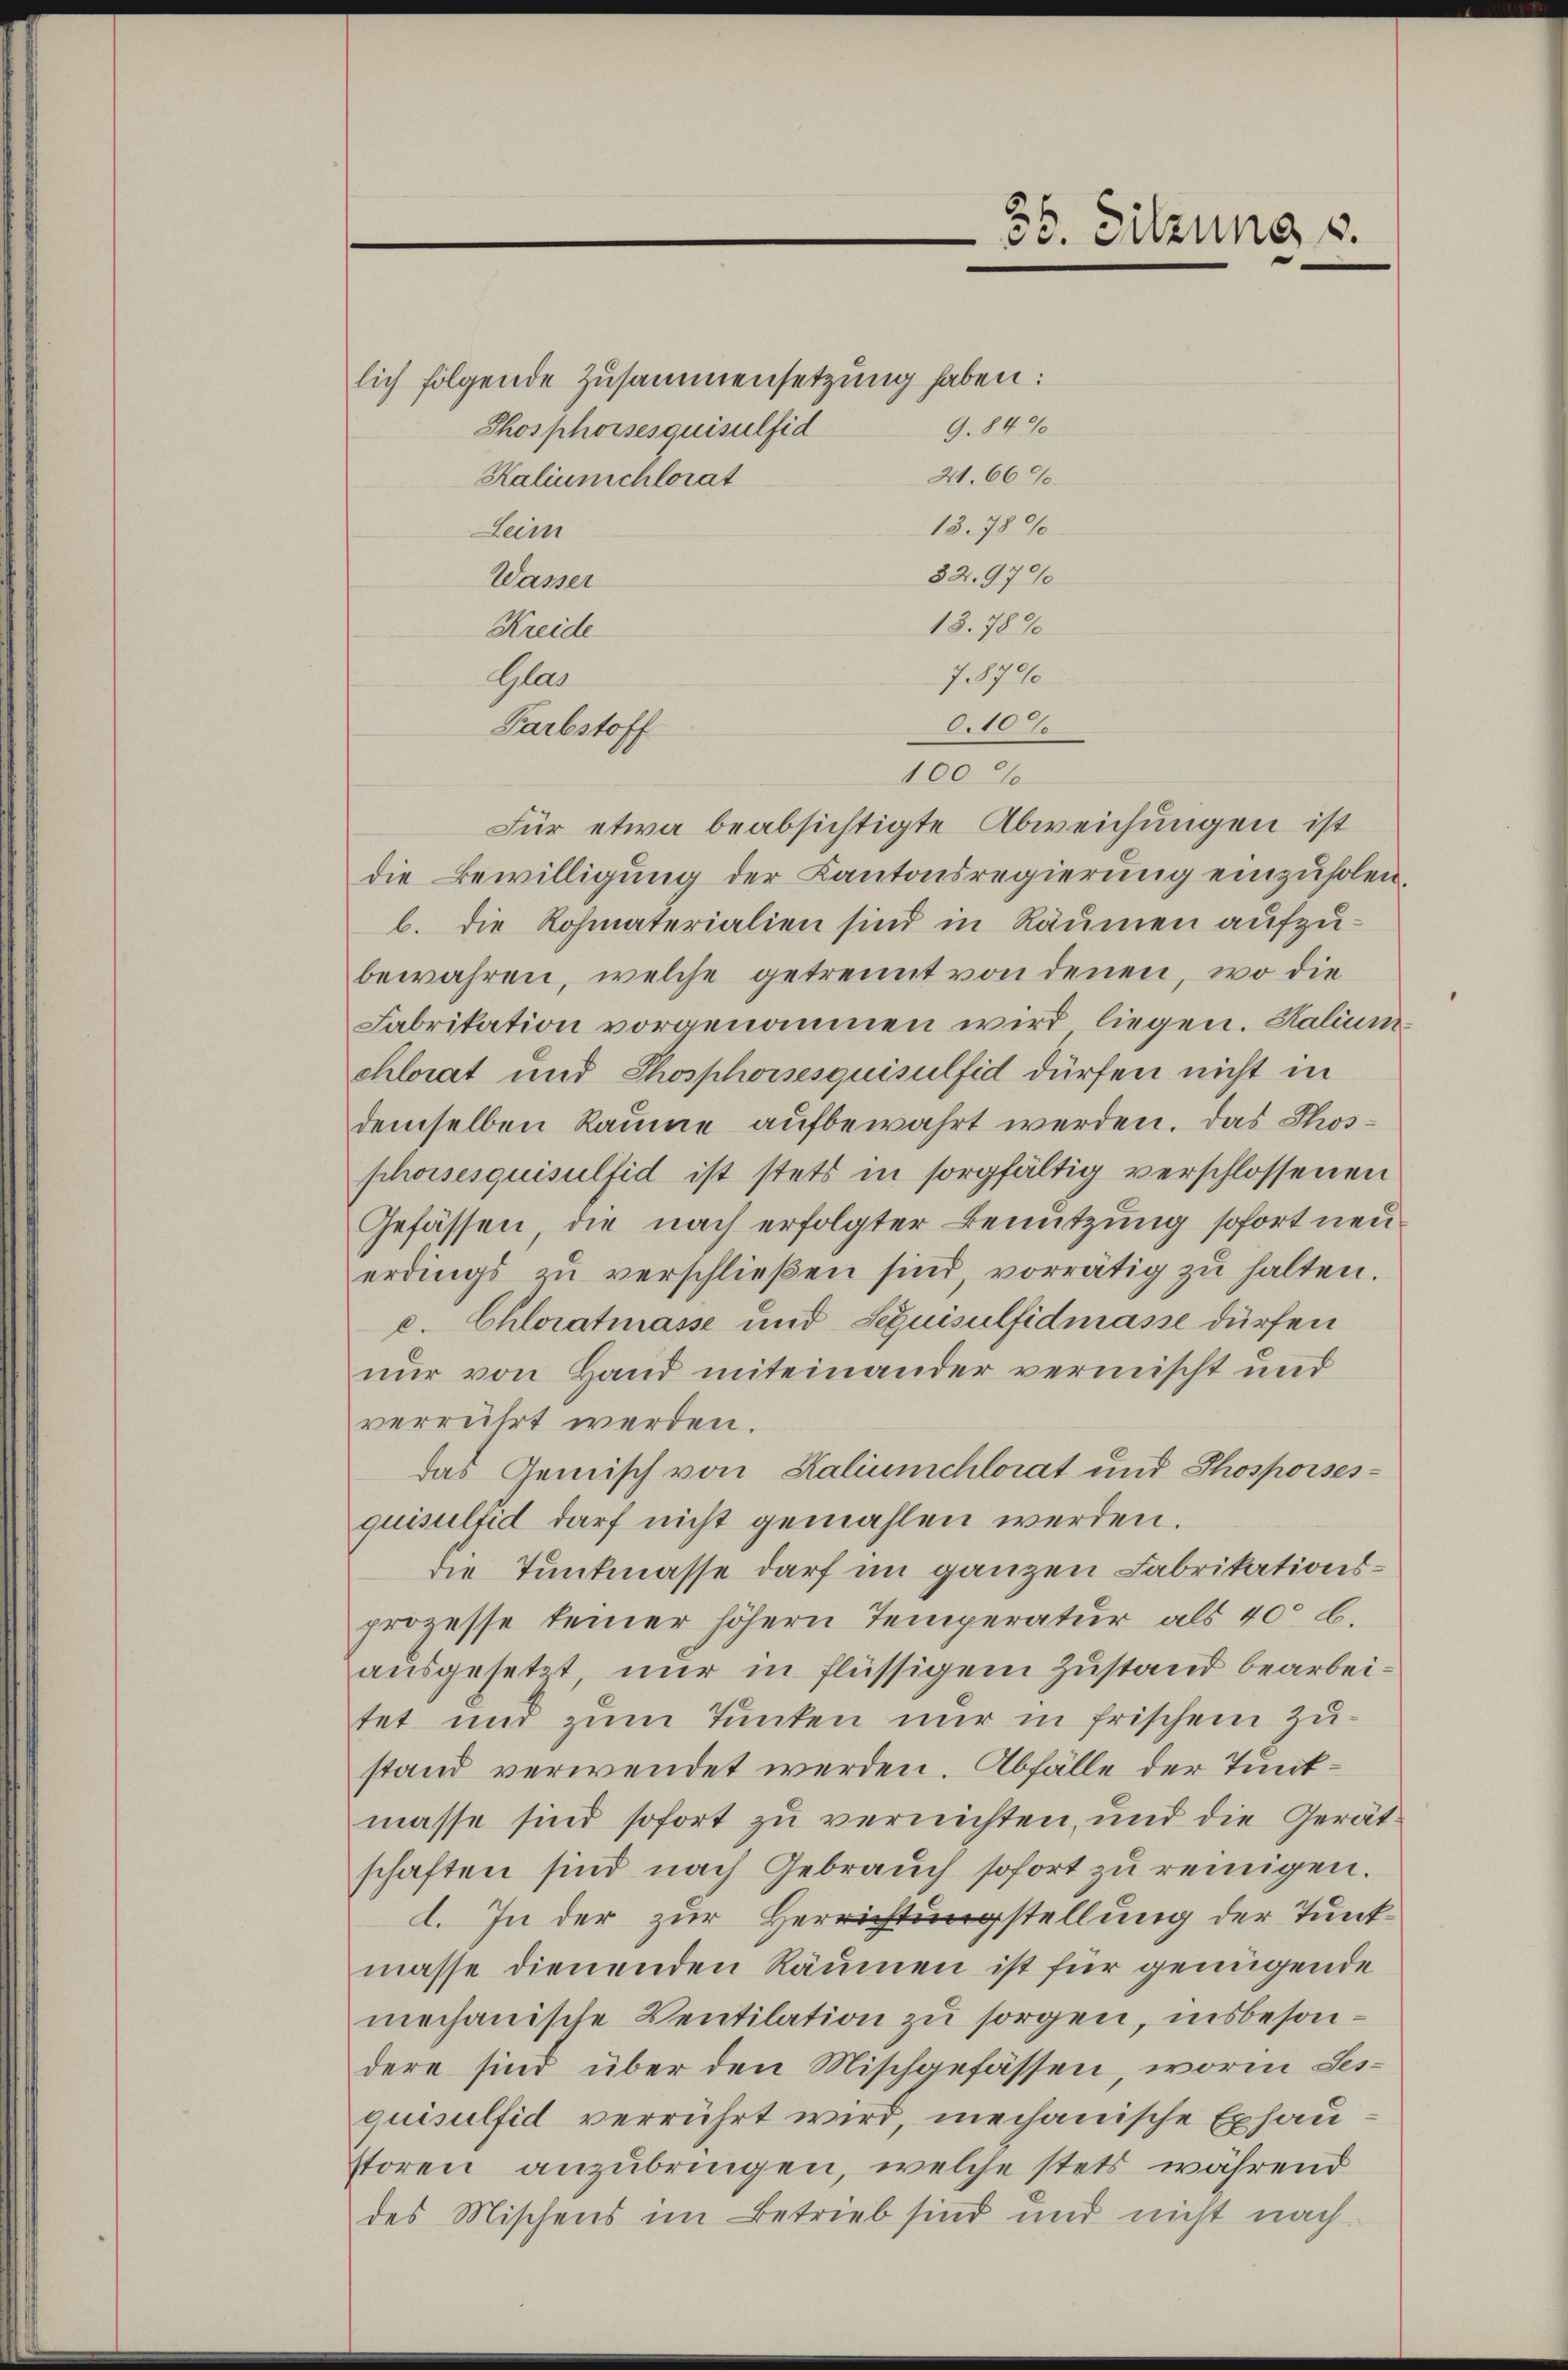
lich folgende Zusammensetzung haben:
Thosphorsesquisulfid
Kaliunschlorat
Leim
Wasser
Kreide
Gla
Farbstoff
Für etwa beabsichtigte Abweichungen ist
die Bewilligung der Kantonsregierung einzuholen.
b. die Rohmaterialien sind in Räumen aufzubewahren, welche getrennt von denen, wo die
Fabrikation vorgenommen wird liegen. Kalium
chlorat und Thosphorsesquisulfid dürfen nicht in
demselben Räume aufbewahrt werden. Das Phosphoisesquisulfid ist stets in sorgfältig verschlossenen
Gefässen, die nach erfolgter Benutzung sofort neu
erdings zu verschlieβen sind, vorrätig zu halten.
c. Chloratmasse und Schuisulfidmasse dürfen
nur von Hand miteinander vermischt und
verrührt werden.
das Gemisch von Kaliumchlorat und Thosporses-
quisultid darf nicht gemahlen werden.
die Tunkmasse darf im ganzen Fabrikationsprozesse keiner höhern Temperatur als 400 l.
ausgesetzt nur in flüssigem Zustand bearbeitet und zum Tunken nur in frischem Zustand verwendet werden. Abfälle der Tunkmasse sind sofort zu vernichten, und die Gerätschaften sind nach Gebrauch sofort zu reinigen.
l. In der zur Herrichtungstellung der Tunkmasse dienenden Räumen ist für genügende
mechanische Ventilation zu sorgen, insbesondere sind über den Mischgefässen, worin Sesquisulfid verrührt wird, mechanische Exhau
storen anzubringen, welche stets während
des Mischens im Betrieb sind und nicht nach

21. 660.

36. Sitzung s.

9.84%

13.789
13. 789
J. 179
0.100%

32.970

100%